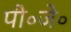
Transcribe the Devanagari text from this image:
पी॰जे॰